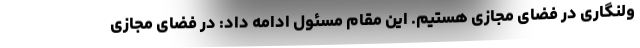
ولنگاری در فضای مجازی هستیم. این مقام مسئول ادامه داد: در فضای مجازی